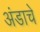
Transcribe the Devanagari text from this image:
अंडाचे